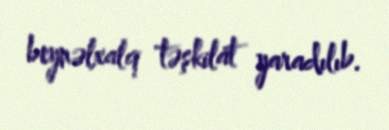
beynəlxalq təşkilat yaradılıb.